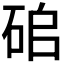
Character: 𥑵